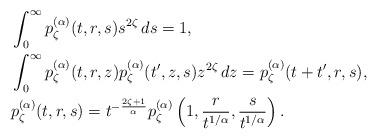
LaTeX: \begin{align*} & \int_0^\infty p_\zeta^{(\alpha)}(t,r,s) s^{2\zeta}\,ds = 1, \\ & \int_0^\infty p_\zeta^{(\alpha)}(t,r,z) p_\zeta^{(\alpha)}(t',z,s) z^{2\zeta}\,dz = p_\zeta^{(\alpha)}(t+t',r,s), \\ & p_\zeta^{(\alpha)}(t,r,s) = t^{-\frac{2\zeta+1}{\alpha}} p_\zeta^{(\alpha)}\left(1,\frac{r}{t^{1/\alpha}},\frac{s}{t^{1/\alpha}}\right). \end{align*}